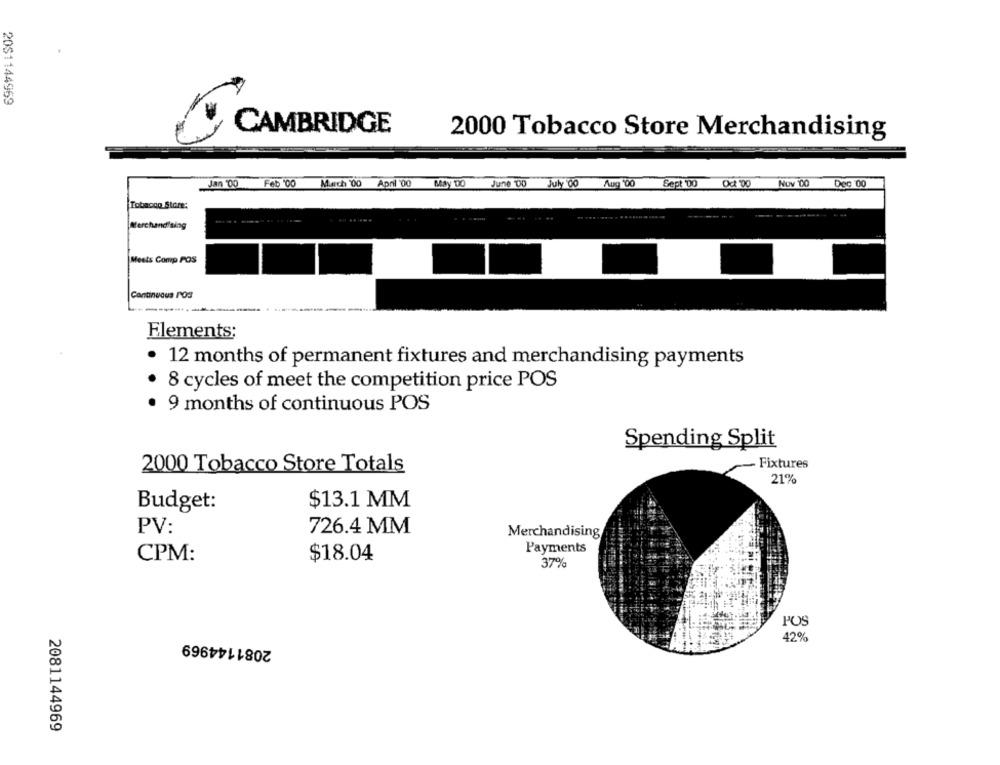
20S1144969
CAMBRIDGE
2000 Tobacco Store Merchandising
Jan 00 Feb '00
March 00 Apnl 00 May 00 June 00 July 00
Aug :00 Sept DO
NOV 00 Dec 00
Tobacco Store:
Merchandising
Meets Comp POS
Continuous POS
Elements;
12 months of permanent fixtures and merchandising payments
. .
8 cycles of meet the competition price POS
9 months of continuous POS
Spending Split
Fixtures
2000 Tobacco Store Totals
21%
$13.1 MM
Budget:
PV:
726.4 MM
Merchandising
Payments
CPM:
$18.04
37%
POS
2081144969
42%
2081144969